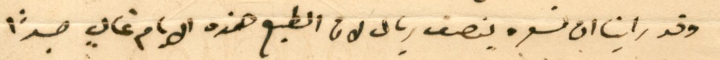
وقد راينا ان نسعره بنصف ريال لان الطبع هذه الايام غالٍ جداً